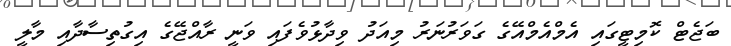
ބަޖެޓް ކޮމިޓީގައި އެމްއެމްއޭގެ ގަވަރުނަރު މިއަދު ވިދާޅުވެފައި ވަނީ ރާއްޖޭގެ އިގުތިސާދާއި މާލީ